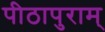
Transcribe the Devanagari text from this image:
पीठापुराम्‌